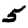
Digit: 5